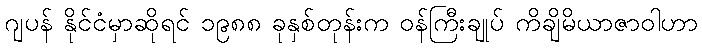
ဂျပန် နိုင်ငံမှာဆိုရင် ၁၉၈၈ ခုနှစ်တုန်းက ဝန်ကြီးချုပ် ကိချိမိယာဇာဝါဟာ